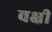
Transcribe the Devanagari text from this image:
वक्षी